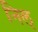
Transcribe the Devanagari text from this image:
निल्